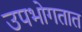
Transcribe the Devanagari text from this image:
उपभोगतात